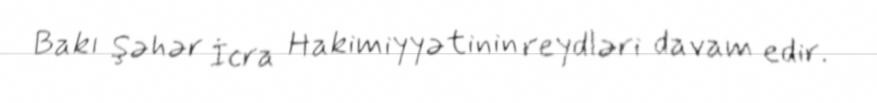
Bakı Şəhər İcra Hakimiyyətinin reydləri davam edir.